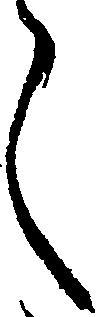
く